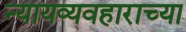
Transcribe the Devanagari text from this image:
न्यायव्यवहाराच्या